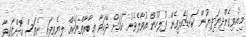
މިއުވިގެންދިޔަދިޔުން ކަނޑައެޅިގެން ފުލުހުން އުވާލެވެނު ކަމަށް ދޭހަވާ ޢިބާރާތްތަކެއް ލިޔެވިފައި ނެތަސް ކޮށްފައިވާ